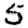
Digit: 5